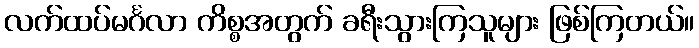
လက်ထပ်မင်္ဂလာ ကိစ္စအတွက် ခရီးသွားကြသူများ ဖြစ်ကြတယ်။